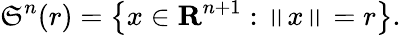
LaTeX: \mathfrak{S}^{n}(r)=\left\{ x\in\mathbf{{R}}^{n+1}:\left\| x\right\| =r\right\} .